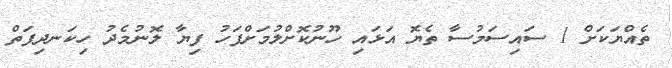
ތެއްޔަކަށް 1 ސައިސަމުސާ ތެޔޮ އަޅައި ހޫނުކޮށްލުމަށްފަހު ފިޔާ ލޮނުމެދު ހިކަނދިފަތް